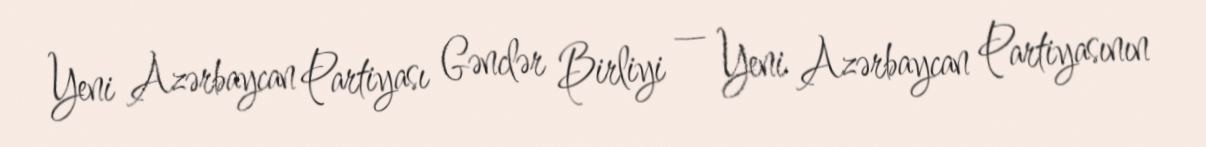
Yeni Azərbaycan Partiyası Gənclər Birliyi — Yeni Azərbaycan Partiyasının